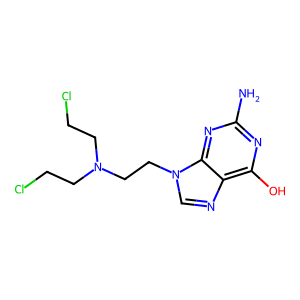
SMILES: Nc1nc(O)c2ncn(CCN(CCCl)CCCl)c2n1
Inhibits HIV replication: No